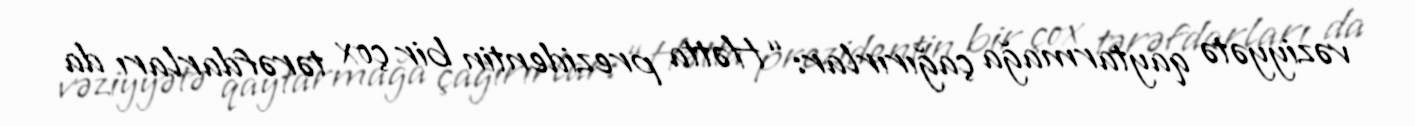
vəziyyətə qaytarmağa çağırırlar: “Hətta prezidentin bir çox tərəfdarları da